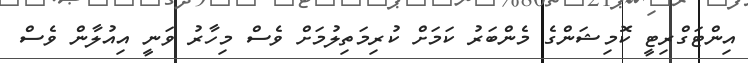
އިންޓަގްރިޓީ ކޮމިޝަންގެ މެންބަރު ކަމަށް ކުރިމަތިލުމަށް ވެސް މިހާރު ވަނީ އިއުލާން ވެސް